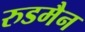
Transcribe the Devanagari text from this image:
रुडमैन